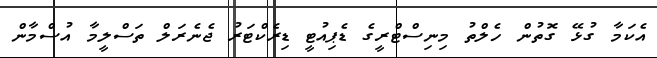
އެކަމާ ގުޅޭ ގޮތުން ހެލްތު މިނިސްޓްރީގެ ޑެޕިއުޓީ ޑިރެކްޓަރު ޖެނެރަލް ތަސްލީމާ އުސްމާން